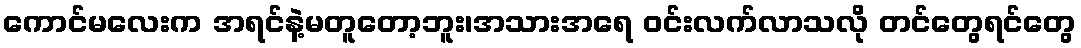
ကောင်မလေးက အရင်နဲ့မတူတော့ဘူး၊အသားအရေ ဝင်းလက်လာသလို တင်တွေရင်တွေ